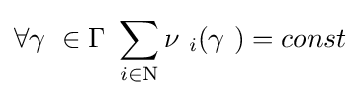
\forall \gamma \ \in \Gamma \ \sum _{i\in \mathrm {N} }\nu \ _{i}(\gamma \ )=const